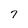
Character: 7